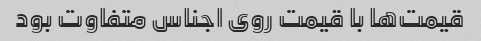
قیمت‌ها با قیمت روی اجناس متفاوت بود